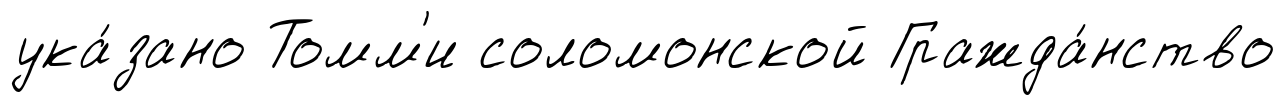
ука́зано Томм'и соломонской Гражда́нство